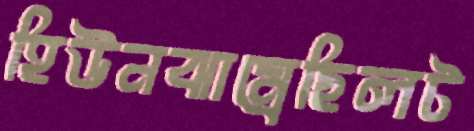
হিউনঝাম্‌রেছিলট